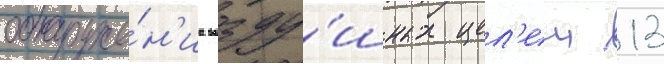
обнаруже́н'иа возду́шных цел'еи 13